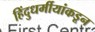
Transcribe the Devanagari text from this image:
हिंदुधर्मीयांकडून